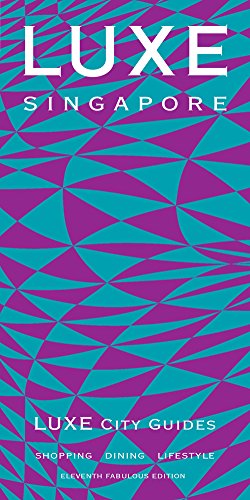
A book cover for LUXE Singapore; LUXE City Guides; Travel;